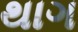
થાગ